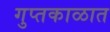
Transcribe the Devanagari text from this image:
गुप्‍तकाळात